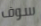
سوف